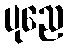
ပုညေ